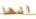
انها